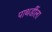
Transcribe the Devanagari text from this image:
पाथर्डीला